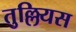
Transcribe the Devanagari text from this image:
तुल्लियस